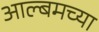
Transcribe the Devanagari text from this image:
आल्बमच्या